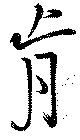
肯